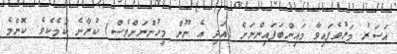
އަސަރު މަރުވެފައިވާ މައިންބަފައިންނަށް (އަދި އެ ނޫން މީހުންނަށްވެސް) ކުރާނެ ކަމެކެވެ. ކޮންމެ